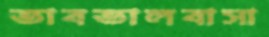
ভাবভালবাসা